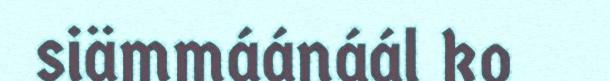
siämmáánáál ko